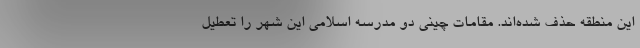
این منطقه حذف شده‌اند. مقامات چینی دو مدرسه اسلامی این شهر را تعطیل